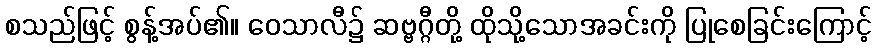
စသည်ဖြင့် စွန့်အပ်၏။ ဝေသာလီ၌ ဆဗ္ဗဂ္ဂီတို့ ထိုသို့သောအခင်းကို ပြုစေခြင်းကြောင့်